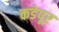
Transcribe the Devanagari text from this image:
कडेपूर